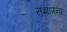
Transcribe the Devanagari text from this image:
संज्ञापना